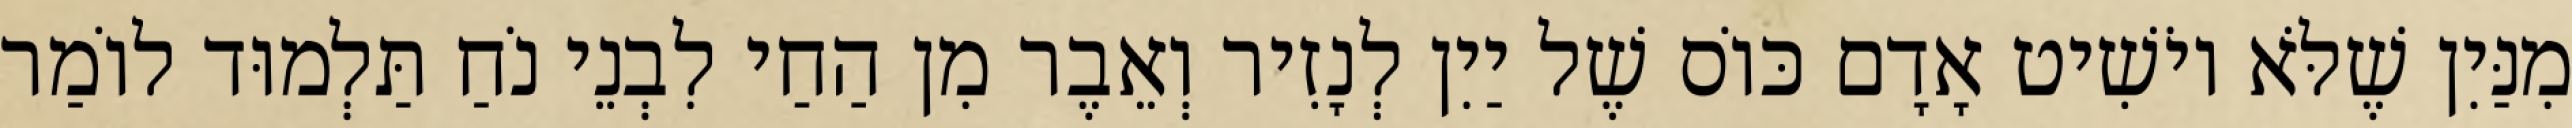
מִנַּיִן שֶׁלֹּא יוֹשִׁיט אָדָם כּוֹס שֶׁל יַיִן לְנָזִיר וְאֵבֶר מִן הַחַי לִבְנֵי נֹחַ תַּלְמוּד לוֹמַר